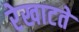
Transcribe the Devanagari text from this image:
रेखाटते